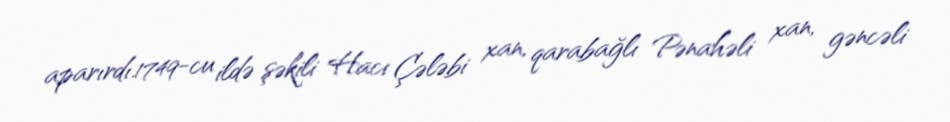
aparırdı.1749-cu ildə şəkili Hacı Çələbi xan, qarabağlı Pənahəli xan, gəncəli